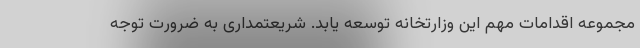
مجموعه اقدامات مهم این وزارتخانه توسعه یابد. شریعتمداری به ضرورت توجه